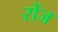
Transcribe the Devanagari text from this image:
रोंज